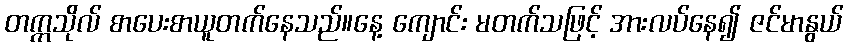
တက္ကသိုလ် စာပေးစာယူတက်နေသည်။နေ့ ကျောင်း မတက်သဖြင့် အားလပ်နေ၍ ဇင်မာနွယ်